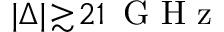
| \Delta | \! \gtrsim \! 2 1 \ensuremath { \, \mathrm { ~ G ~ H ~ z ~ } }